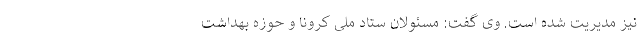
نیز مدیریت شده است. وی گفت: مسئولان ستاد ملی کرونا و حوزه بهداشت